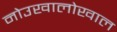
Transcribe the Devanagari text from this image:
नोउखालोखाल